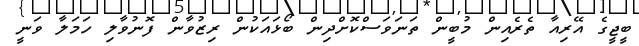
ބީޖީގެ އޭރިއާ ތެރެއިން މުބީން ތަނަވަސްކޮށްދިން ބޯޅައަކުން ރިޒުވާން ފޮނުވާލި ހަމަލާ ވަނީ